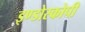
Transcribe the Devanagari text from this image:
इण्डोस्कोपी